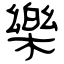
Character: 樂